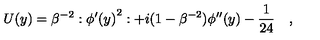
U ( y ) = \beta ^ { - 2 } : { \phi ^ { \prime } ( y ) } ^ { 2 } : + i ( 1 - \beta ^ { - 2 } ) \phi ^ { \prime \prime } ( y ) - \frac { 1 } { 2 4 } \quad ,